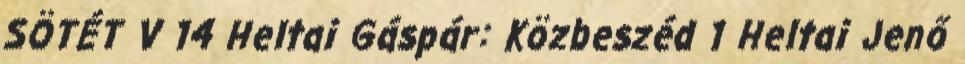
SÖTÉT V 14 Heltai Gáspár: Közbeszéd 1 Heltai Jenő